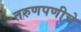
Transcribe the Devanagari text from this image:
तरुणपणीचे